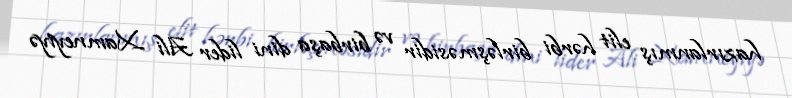
hazırlanmış elit hərbi birləşməsidir və birbaşa dini lider Ali Xamneyiyə